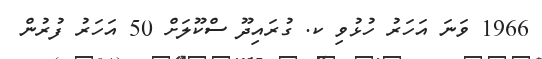
1966 ވަނަ އަހަރު ހުޅުވި ކ. ގުރައިދޫ ސްކޫލަށް 50 އަހަރު ފުރުން